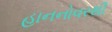
હાનનોવરથી